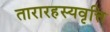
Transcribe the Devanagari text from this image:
तारारहस्यवृत्ति